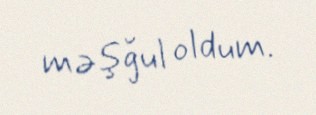
məşğul oldum.